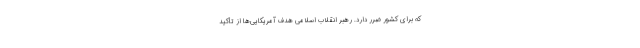
که برای کشور ضرر دارد. رهبر انقلاب اسلامی هدف آمریکایی‌ها از تأکید